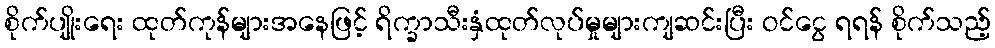
စိုက်ပျိုးရေး ထုတ်ကုန်များအနေဖြင့် ရိက္ခာသီးနှံထုတ်လုပ်မှုများကျဆင်းပြီး ဝင်ငွေ ရရန် စိုက်သည့်